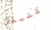
كثيفة